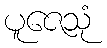
ပူဇေသုံ